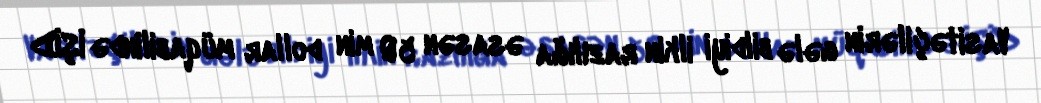
Vasitəçilərin gələ bildiyi ilkin razılığa əsasən 50 min dollar müqabilində İŞİD